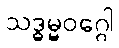
သဒ္ဓမ္မဝဂ္ဂေါ